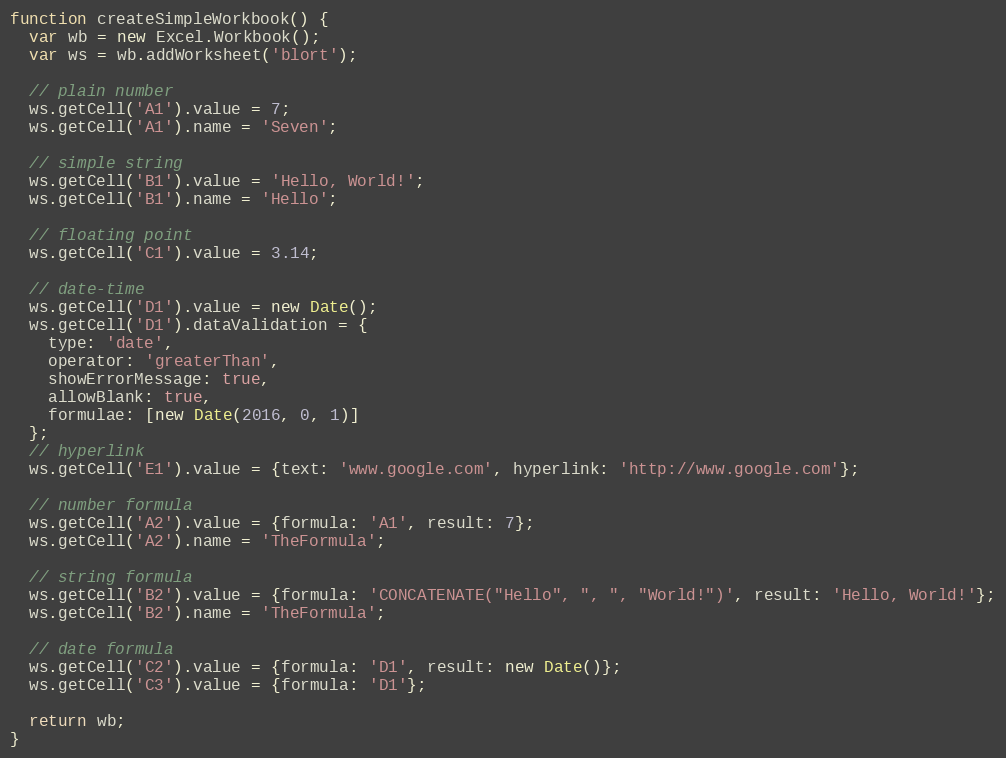
Language: JavaScript
function createSimpleWorkbook() {
  var wb = new Excel.Workbook();
  var ws = wb.addWorksheet('blort');

  // plain number
  ws.getCell('A1').value = 7;
  ws.getCell('A1').name = 'Seven';

  // simple string
  ws.getCell('B1').value = 'Hello, World!';
  ws.getCell('B1').name = 'Hello';

  // floating point
  ws.getCell('C1').value = 3.14;

  // date-time
  ws.getCell('D1').value = new Date();
  ws.getCell('D1').dataValidation = {
    type: 'date',
    operator: 'greaterThan',
    showErrorMessage: true,
    allowBlank: true,
    formulae: [new Date(2016, 0, 1)]
  };
  // hyperlink
  ws.getCell('E1').value = {text: 'www.google.com', hyperlink: 'http://www.google.com'};

  // number formula
  ws.getCell('A2').value = {formula: 'A1', result: 7};
  ws.getCell('A2').name = 'TheFormula';

  // string formula
  ws.getCell('B2').value = {formula: 'CONCATENATE("Hello", ", ", "World!")', result: 'Hello, World!'};
  ws.getCell('B2').name = 'TheFormula';

  // date formula
  ws.getCell('C2').value = {formula: 'D1', result: new Date()};
  ws.getCell('C3').value = {formula: 'D1'};

  return wb;
}